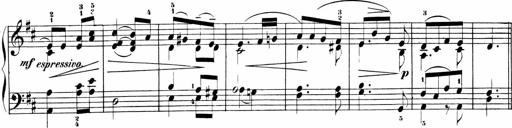
Title: Sonatinen Op.47, 98 und 136, nebst 6 Liedersonatinen
Composer: Carl Reinecke